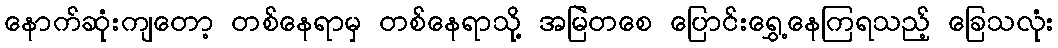
နောက်ဆုံးကျတော့ တစ်နေရာမှ တစ်နေရာသို့ အမြဲတစေ ပြောင်းရွှေ့နေကြရသည့် ခြေသလုံး